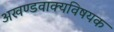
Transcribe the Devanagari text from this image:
अखण्डवाक्यविषयक